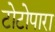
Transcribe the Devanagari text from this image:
टोटोपारा